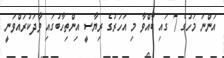
އަންނަ މަހުގެ 7 ގައި ބާއްވާ މި އަހަރުގެ ރިޔާސީ އިންތިހާބުގައި ވާދަކުރައްވަނީ